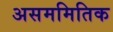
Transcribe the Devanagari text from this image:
असममितिक